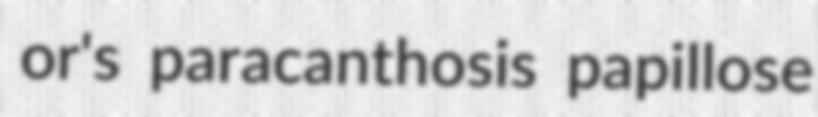
or's paracanthosis papillose